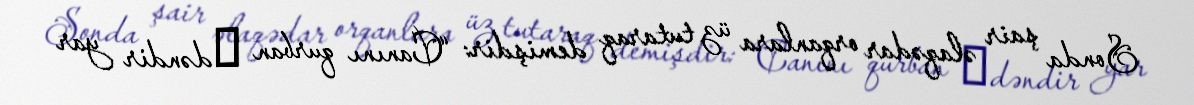
Sonda şair əlaqədar orqanlara üz tutaraq demişdir: “Canını qurban еdəndir yar